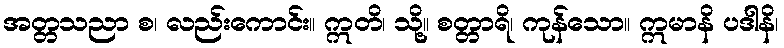
အတ္တသညာ စ၊ လည်းကောင်း။ ဣတိ၊ သို့။ စတ္တာရိ၊ ကုန်သော။ ဣမာနိ ပဒါနိ၊